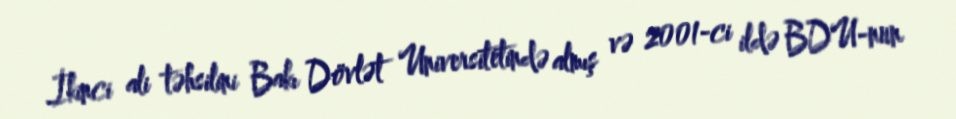
İkinci ali təhsilini Bakı Dövlət Universitetində almış və 2001-ci ildə BDU-nun